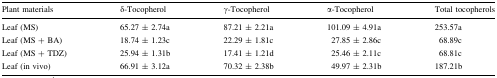
<table><thead><tr><td><b>Plant materials</b></td><td><b>δ-Tocopherol</b></td><td><b>γ-Tocopherol</b></td><td><b>α-Tocopherol</b></td><td><b>Total tocopherols</b></td></tr></thead><tbody><tr><td>Leaf (MS)</td><td>65.27 ± 2.74a</td><td>87.21 ± 2.21a</td><td>101.09 ± 4.91a</td><td>253.57a</td></tr><tr><td>Leaf (MS + BA)</td><td>18.74 ± 1.23c</td><td>22.29 ± 1.81c</td><td>27.85 ± 2.86c</td><td>68.89c</td></tr><tr><td>Leaf (MS + TDZ)</td><td>25.94 ± 1.31b</td><td>17.41 ± 1.21d</td><td>25.46 ± 2.11c</td><td>68.81c</td></tr><tr><td>Leaf (in vivo)</td><td>66.91 ± 3.12a</td><td>70.32 ± 2.38b</td><td>49.97 ± 2.31b</td><td>187.21b</td></tr></tbody></table>